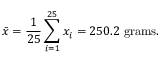
{ \bar { x } } = { \frac { 1 } { 2 5 } } \sum _ { i = 1 } ^ { 2 5 } x _ { i } = 2 5 0 . 2 { \mathrm { ~ g r a m s } } .